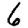
Digit: 6